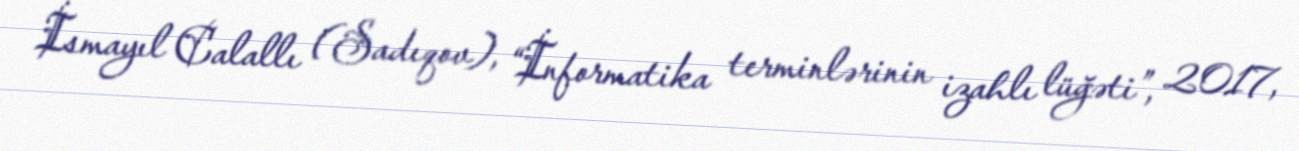
İsmayıl Calallı (Sadıqov), “İnformatika terminlərinin izahlı lüğəti”, 2017,